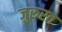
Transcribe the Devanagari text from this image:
जुरुरत